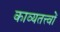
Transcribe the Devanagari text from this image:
काव्यतत्त्वों